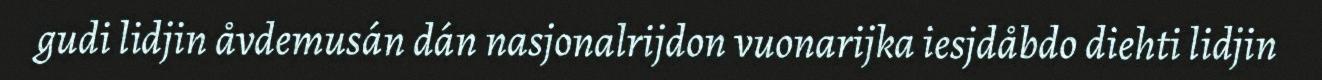
gudi lidjin åvdemusán dán nasjonalrijdon vuonarijka iesjdåbdo diehti lidjin